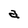
Character: a